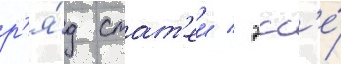
р'я́д стат'еи / эсс'е́